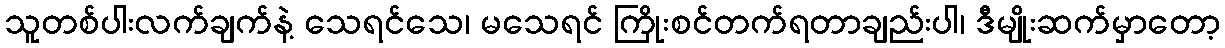
သူတစ်ပါးလက်ချက်နဲ့ သေရင်သေ၊ မသေရင် ကြိုးစင်တက်ရတာချည်းပါ၊ ဒီမျိုးဆက်မှာတော့